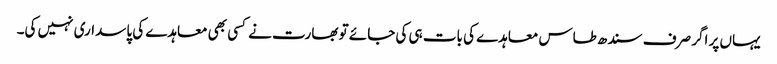
یہاں پر اگر صرف سندھ طاس معاہدے کی بات ہی کی جائے تو بھارت نے کسی بھی معاہدے کی پاسداری نہیں کی۔